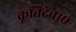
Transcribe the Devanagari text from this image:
कृतिदेव१०